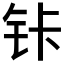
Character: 𰽩